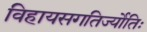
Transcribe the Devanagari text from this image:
विहायसगतिर्ज्योतिः